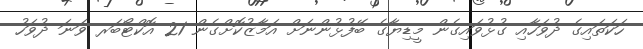
ހަކަތައިގެ ދުވަހާއި ގުޅުވައިގެން މީޑިޔާގެ ބޭފުޅުންނަށް އަމާޒުކޮށްގެން 21 އޮކްޓޯބަރ ވަނަ ދުވަހު